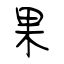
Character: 果